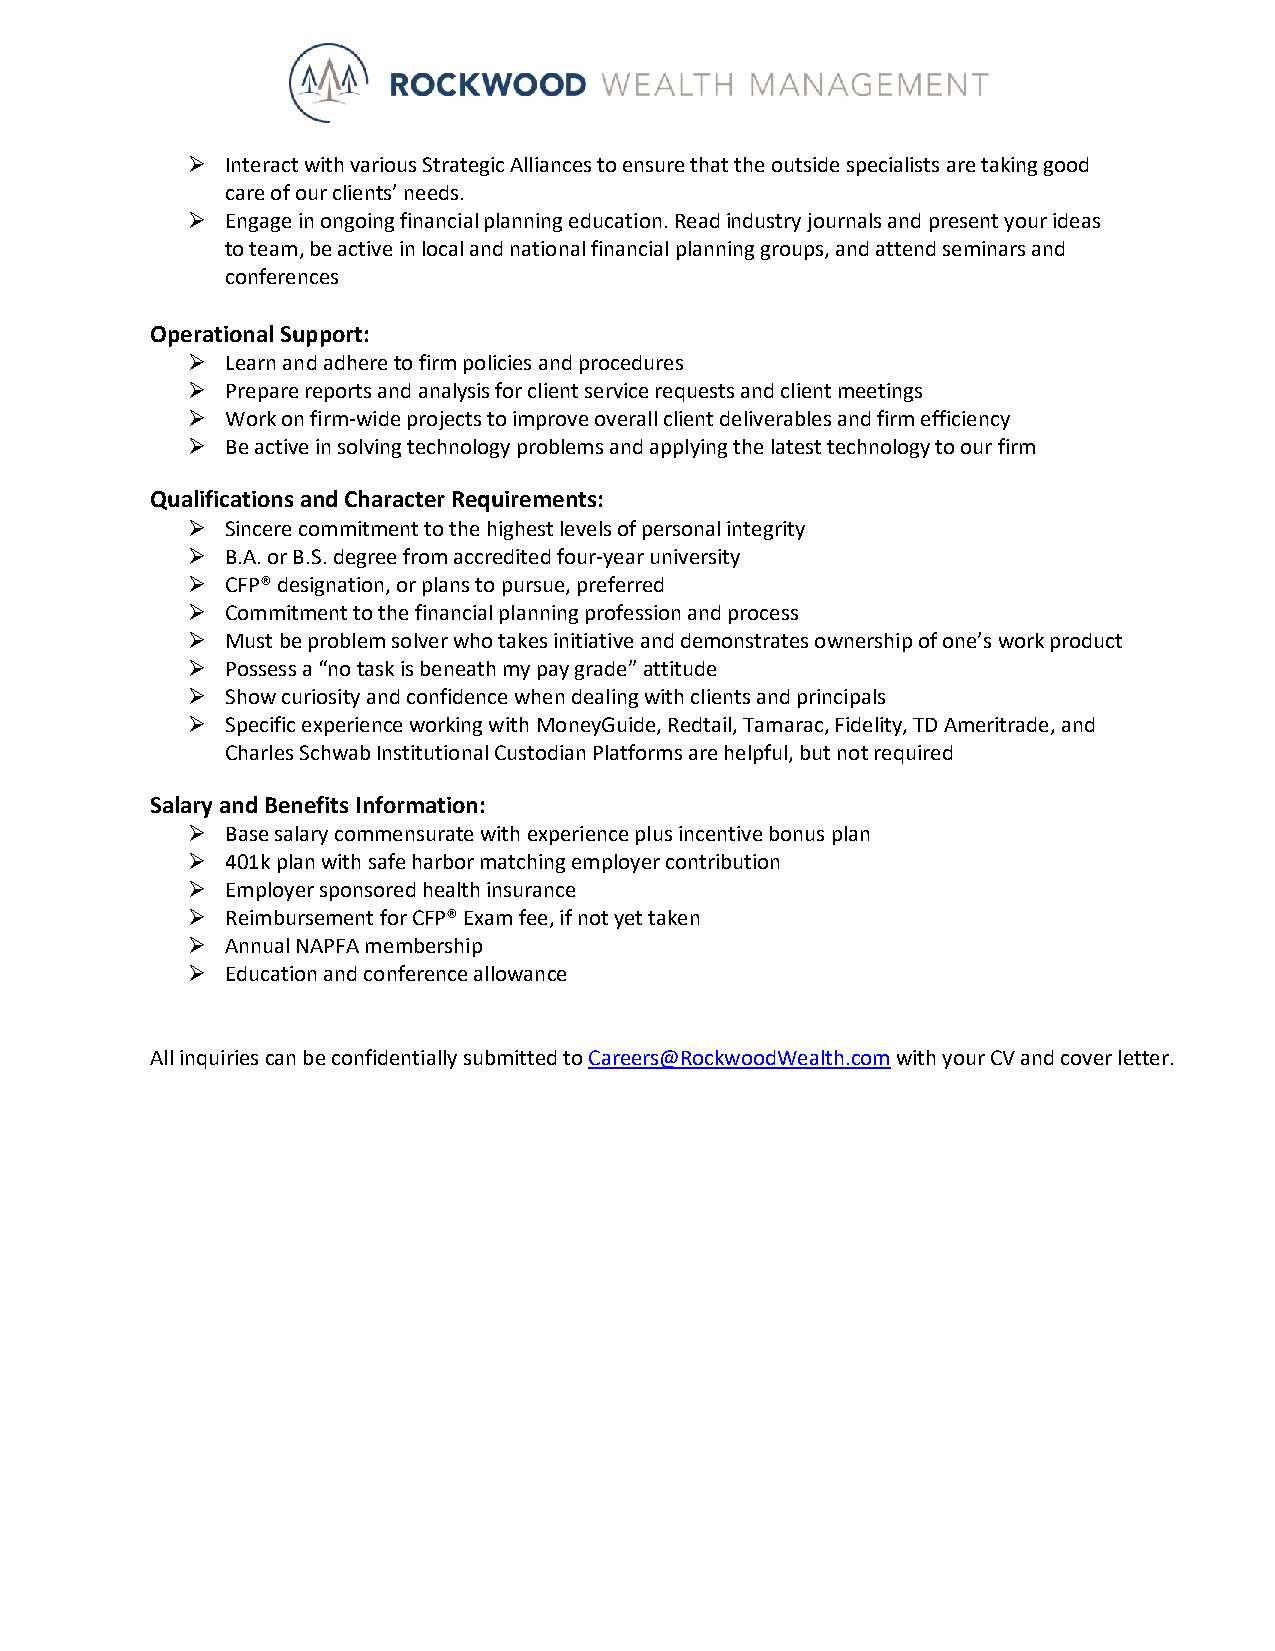
➢  Interact with various Strategic Alliances to ensure that the outside specialists are taking good
 care of our clients’ needs.
 ➢  Engage in ongoing financial planning education. Read industry journals and present your ideas
 to team, be active in local and national financial planning groups, and attend seminars and
 conferences
 Operational Support:
 ➢  Learn and adhere to firm policies and procedures
 ➢  Prepare reports and analysis for client service requests and client meetings
 ➢  Work on firm-wide projects to improve overall client deliverables and firm efficiency
 ➢  Be active in solving technology problems and applying the latest technology to our firm
 Qualifications and Character Requirements:
 ➢  Sincere commitment to the highest levels of personal integrity
 ➢  B.A. or B.S. degree from accredited four-year university
 ➢  CFP® designation, or plans to pursue, preferred
 ➢  Commitment to the financial planning profession and process
 ➢  Must be problem solver who takes initiative and demonstrates ownership of one’s work product
 ➢  Possess a “no task is beneath my pay grade” attitude
 ➢  Show curiosity and confidence when dealing with clients and principals
 ➢  Specific experience working with MoneyGuide, Redtail, Tamarac, Fidelity, TD Ameritrade, and
 Charles Schwab Institutional Custodian Platforms are helpful, but not required
 Salary and Benefits Information:
 ➢  Base salary commensurate with experience plus incentive bonus plan
 ➢  401k plan with safe harbor matching employer contribution
 ➢  Employer sponsored health insurance
 ➢  Reimbursement for CFP® Exam fee, if not yet taken
 ➢  Annual NAPFA membership
 ➢  Education and conference allowance
 All inquiries can be confidentially submitted to Careers@RockwoodWealth.com with your CV and cover letter.